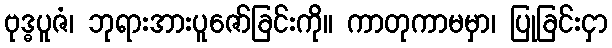
ဗုဒ္ဓပူဇံ၊ ဘုရားအားပူဇော်ခြင်းကို။ ကာတုကာမမှာ၊ ပြုခြင်းငှာ